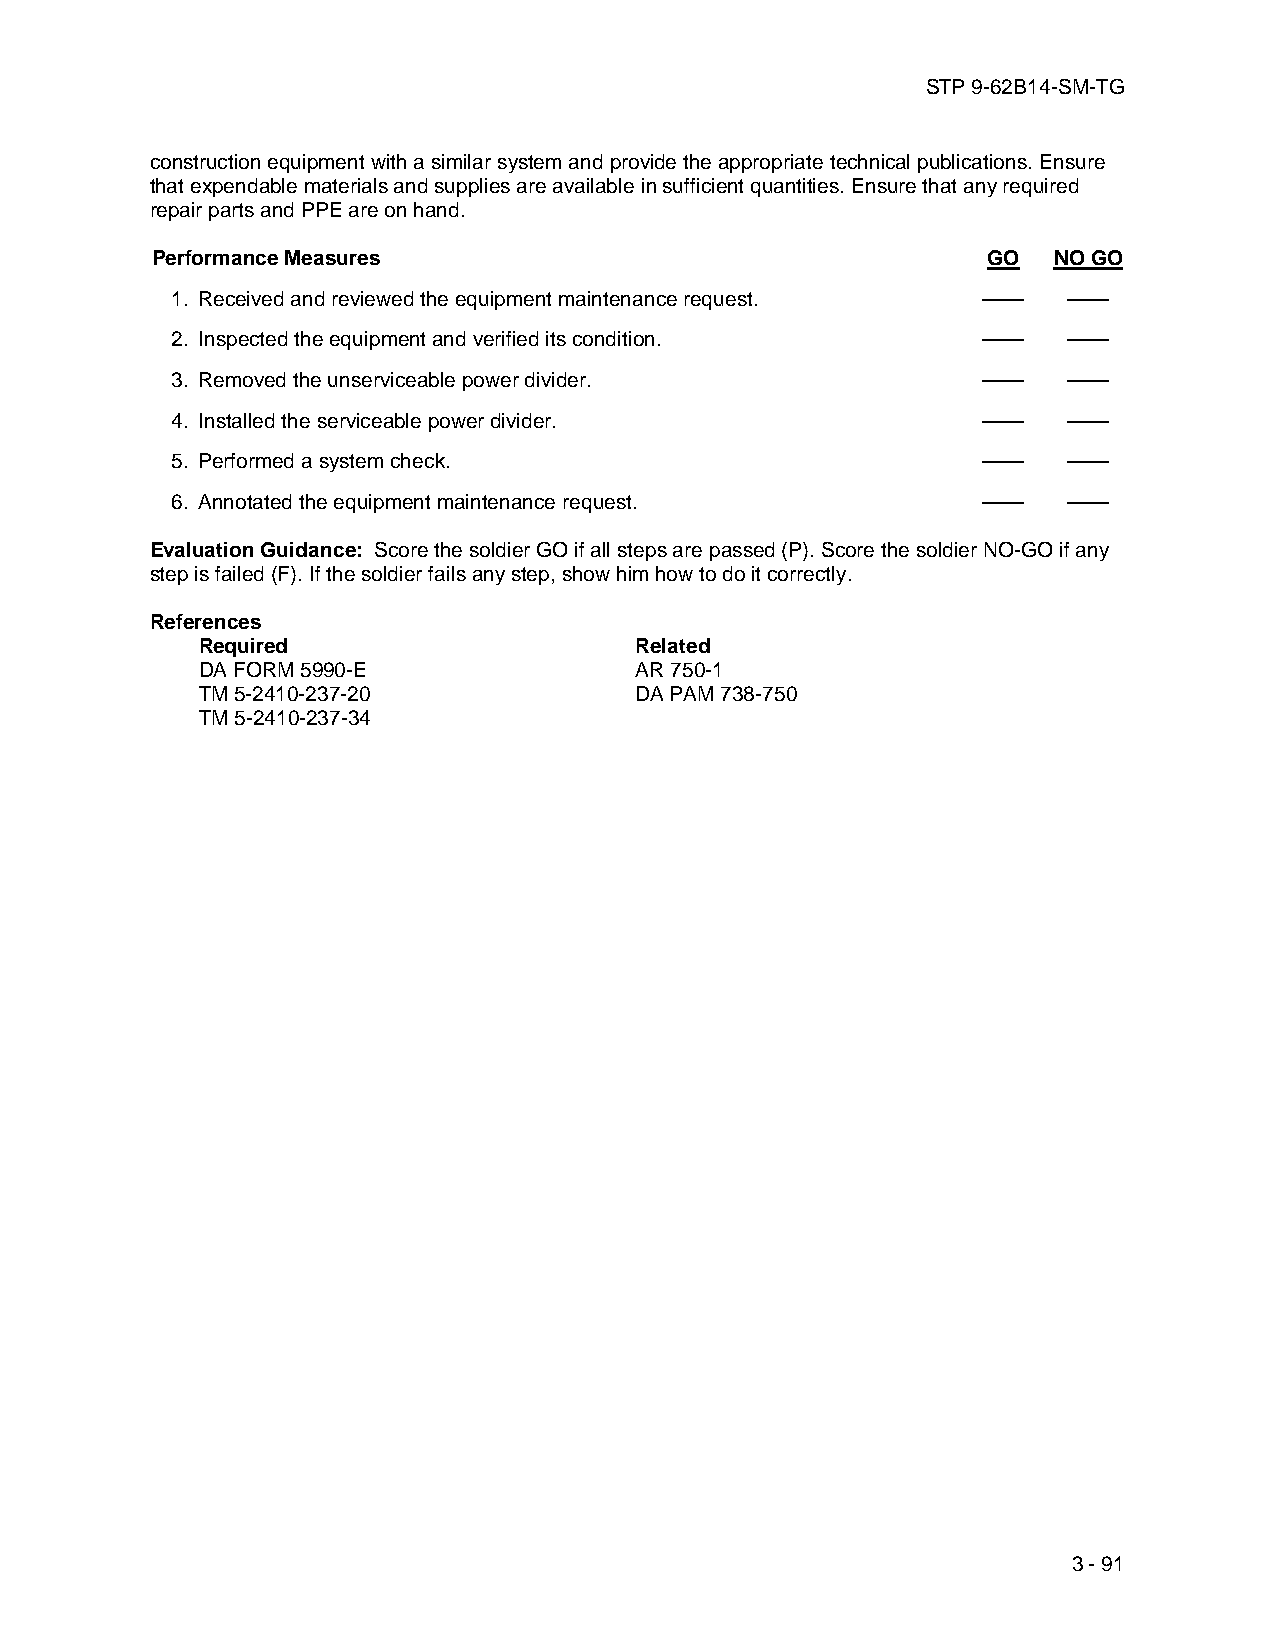
STP 9-62B14-SM-TG
 construction equipment with a similar system and provide the appropriate technical publications. Ensure
 that expendable materials and supplies are available in sufficient quantities. Ensure that any required
 repair parts and PPE are on hand.
 Performance Measures                                   GO   NO GO
 1. Received and reviewed the equipment maintenance request. —— ——
 2. Inspected the equipment and verified its condition. ——   ——
 3. Removed the unserviceable power divider.           ——    ——
 4. Installed the serviceable power divider.           ——    ——
 5. Performed a system check.                          ——    ——
 6. Annotated the equipment maintenance request.       ——    ——
 Evaluation Guidance: Score the soldier GO if all steps are passed (P). Score the soldier NO-GO if any
 step is failed (F). If the soldier fails any step, show him how to do it correctly.
 References
 Required                     Related
 DA FORM 5990-E               AR 750-1
 TM 5-2410-237-20             DA PAM 738-750
 TM 5-2410-237-34
 3 - 91